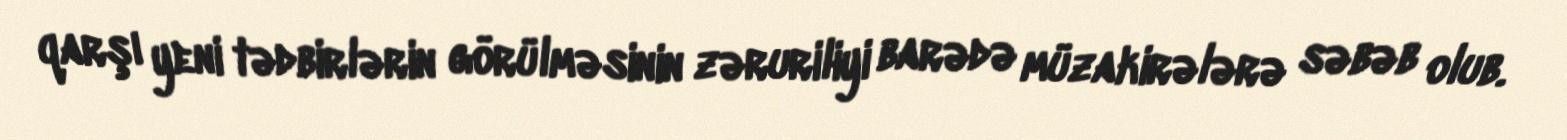
qarşı yeni tədbirlərin görülməsinin zəruriliyi barədə müzakirələrə səbəb olub.